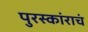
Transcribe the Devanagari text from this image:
पुरस्कांराचं